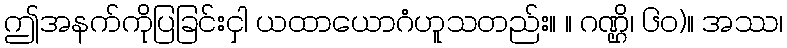
ဤအနက်ကိုပြခြင်းငှါ ယထာယောဂံဟူသတည်း။ ။ ဂဏ္ဌိ၊ ၆၀)။ အဿ၊